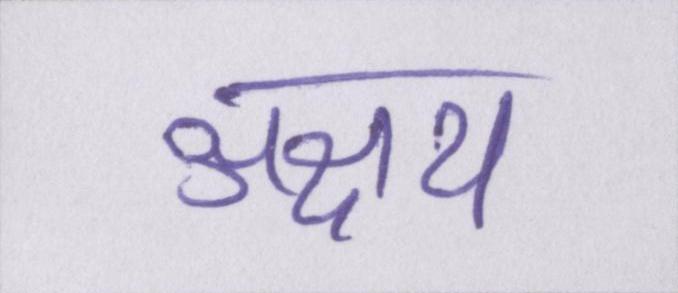
अक्षय